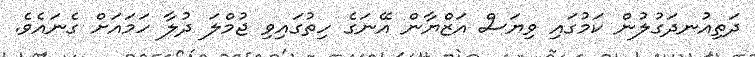
ދަތިއުނދަގުލުން ކަމުގައި ވިޔަސް އަޒްޔާން އޭނަގެ ހިތުގައިވި ޖުމްލަ ދުލާ ހަމައަށް ގެނައެވެ.